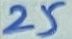
Text: 25